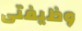
وظيفتى